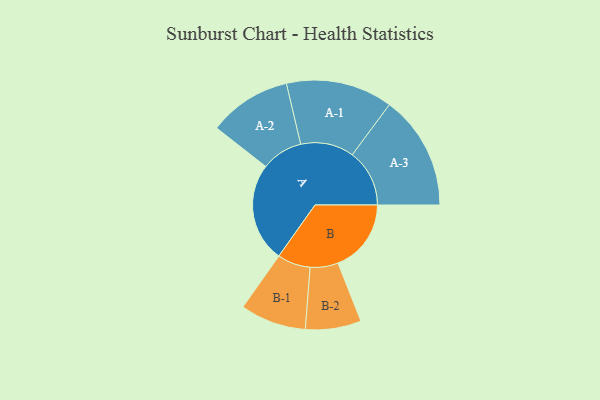
{"axis": {"x": "Segment", "y": "Value"}, "legend": ["", "A", "B"], "data": [{"x": "A", "y": 484, "type": ""}, {"x": "B", "y": 357, "type": ""}, {"x": "A-1", "y": 260, "type": "A"}, {"x": "A-2", "y": 202, "type": "A"}, {"x": "A-3", "y": 279, "type": "A"}, {"x": "B-1", "y": 161, "type": "B"}, {"x": "B-2", "y": 136, "type": "B"}]}